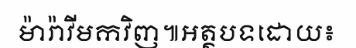
ម៉ារ៉ាវីមកវិញ៕អត្ថបទដោយ៖